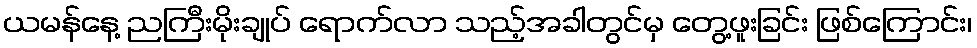
ယမန်နေ့ ညကြီးမိုးချုပ် ရောက်လာ သည့်အခါတွင်မှ တွေ့ဖူးခြင်း ဖြစ်ကြောင်း၊